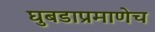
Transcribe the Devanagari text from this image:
घुबडाप्रमाणेच